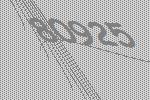
80925